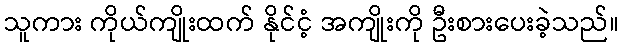
သူကား ကိုယ်ကျိုးထက် နိုင်ငံ့ အကျိုးကို ဦးစားပေးခဲ့သည်။